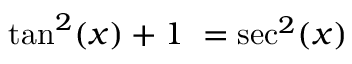
\tan ^ { 2 } ( x ) + 1 \ = \sec ^ { 2 } ( x )